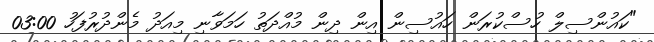
"ކައުންސިލް ހުސްކުރަން ހައުސިން އިން ދިން މުއްދަތު ހަމަވާނި މިއަދު މެންދުރުފަހު 03:00